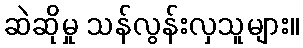
ဆဲဆိုမှု သန်လွန်းလှသူများ။